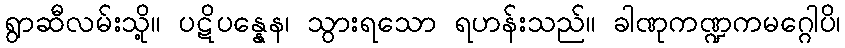
ရွာဆီလမ်းသို့။ ပဋိပန္နေန၊ သွားရသော ရဟန်းသည်။ ခါဏုကဏ္ဍကမဂ္ဂေါပိ၊